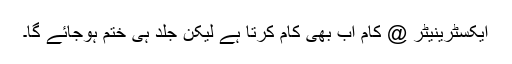
ایکسٹرینیٹر @ کام اب بھی کام کرتا ہے لیکن جلد ہی ختم ہوجائے گا۔